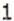
1